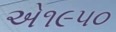
એ૧૯૫૦